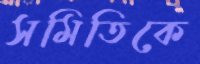
সমিতিকে